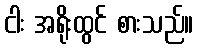
ငါး အရိုးထွင် စားသည်။